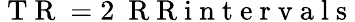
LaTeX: \mathrm{~T~R~}=2\ \mathrm{~R~R~i~n~t~e~r~v~a~l~s~}